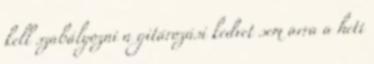
kell szabályozni a gitározási kedvet sem arra a heti